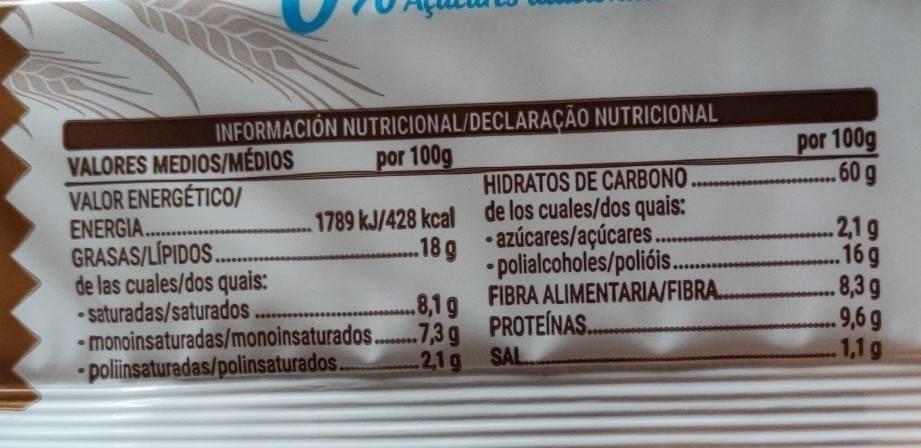
INFORMACIÓN NUTRICIONAL/DECLARAÇÃO
por 100g
VALORES MEDIOS/MÉDIOS
VALOR ENERGÉTICO/ ENERGIA............. GRASAS/LIPIDOS.............. de las cuales/dos quais: -saturadas/saturados
.8,1 g
-monoinsaturadas/monoinsaturados...7,3 g -poliinsaturadas/polinsaturados.
1789 kJ/428 kcal 18 g
HIDRATOS DE CARBONO. de los cuales/dos quais: azúcares/açúcares. polialcoholes/polióis..
•
NUTRICIONAL
FIBRA ALIMENTARIA/FIBRA.
PROTEÍNAS.
2,1 g SAL
por 100g .60 g
2,1 g
...16 g
.8,3 g
.9,6 g
1,1 g